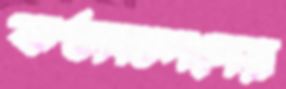
কণ্ঠসম্পদের